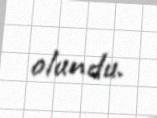
olundu.